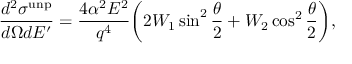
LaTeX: \frac { d ^ { 2 } \sigma ^ { \mathrm { u n p } } } { d \Omega d E ^ { \prime } } = \frac { 4 \alpha ^ { 2 } E ^ { 2 } } { q ^ { 4 } } \bigg ( 2 W _ { 1 } \sin ^ { 2 } \frac { \theta } { 2 } + W _ { 2 } \cos ^ { 2 } \frac { \theta } { 2 } \bigg ) ,